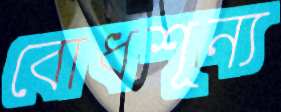
বোধশূন্য